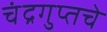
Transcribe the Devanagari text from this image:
चंद्रगुप्तचे